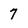
Character: 7